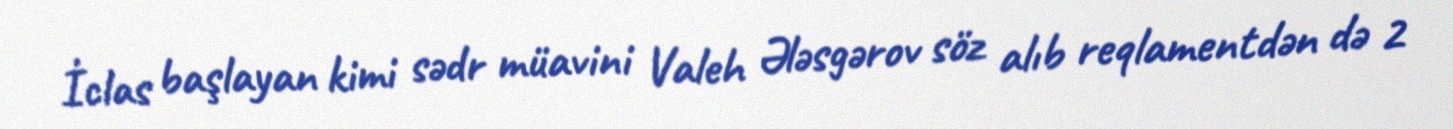
İclas başlayan kimi sədr müavini Valeh Ələsgərov söz alıb reqlamentdən də 2